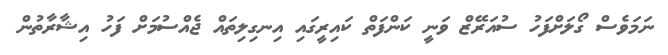
ނަމަވެސް ގޯލަށްފަހު ސުއަރޭޒް ވަނީ ކަންފަތް ކައިރީގައި އިނގިލިތައް ޖެއްސުމަށް ފަހު އިޝާރާތުން